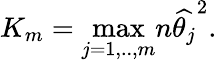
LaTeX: K_{m}=\mathop{\operatorname*{max}}_{j=1,..,m}n\widehat{\theta_{j}}^{2}.